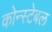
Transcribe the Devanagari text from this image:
कोन्स्टेबल